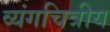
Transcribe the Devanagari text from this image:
व्यंगचित्रीय